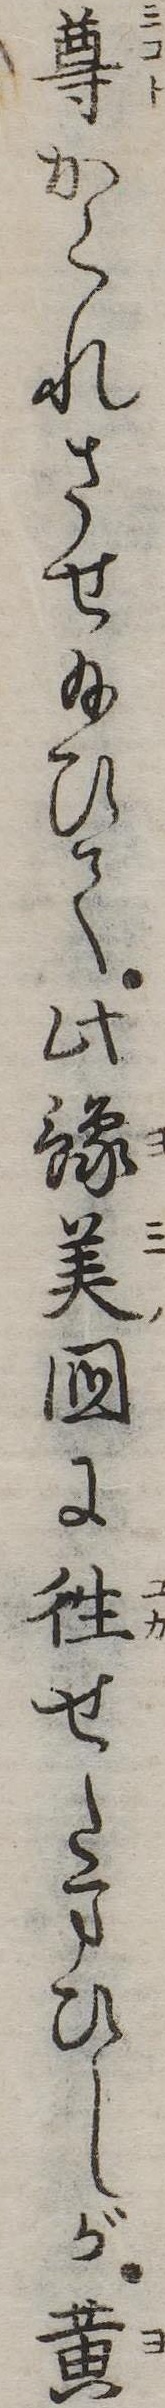
尊かくれさせ給ひて此予美国に往せたまひしが黄